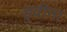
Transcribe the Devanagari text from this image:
ड्वीना